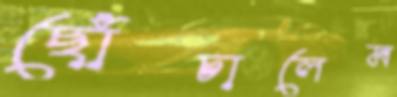
ছোঁচালেম